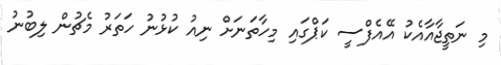
މި ނަތީޖާއާއެކު އޭއެފްސީ ކަޕްގައި މިހާތަނަށް ނިއު ކުޅުނު ހަތަރު މެޗުން ލިބުނު